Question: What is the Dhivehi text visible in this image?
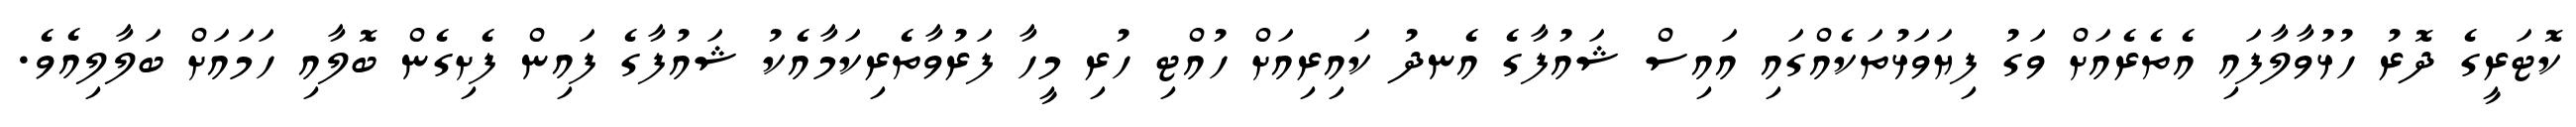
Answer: ކޮޓަރީގެ ދޮރު ހުޅުވާލާފައި އެތެރެއަށް ވަގު ފިޔަވަޅުތަކެއްގައި އައިސް ޝައުފާގެ އެނދު ކައިރިއަށް ހުއްޓި ހުރި މީހާ ފަރުވާތެރިކަމާއެކު ޝައުފާގެ ފައިން ފެށިގެން ބޮލާއި ހަމައަށް ބަލާލިއެވެ.